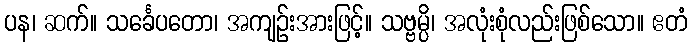
ပန၊ ဆက်။ သင်္ခေပတော၊ အကျဉ်းအားဖြင့်။ သဗ္ဗမ္ပိ၊ အလုံးစုံလည်းဖြစ်သော။ ဧတံ